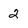
Character: 2